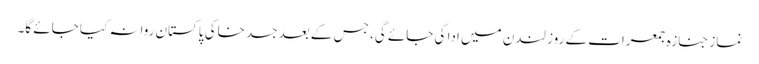
نماز جنازہ جمعرات کے روز لندن میں ادا کی جائے گی، جس کے بعد جسد خاکی پاکستان روانہ کیا جائے گا۔